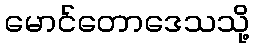
မောင်တောဒေသသို့